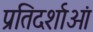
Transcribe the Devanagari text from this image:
प्रतिदर्शाओं